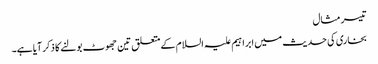
تیسر مثال
بخاری کی حدیث میں ابراہیم علیہ السلام کےمتعلق تین جھوٹ بولنے کا ذکرآیا ہے۔